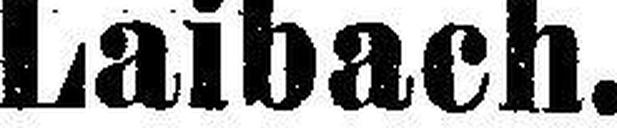
Laibach.